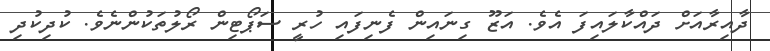
ދާއިރާއަށް ދައްކާލައިފަ އެވެ. އަޒޫ ގިނައިން ފެނިފައި ހުރީ ސަޕޯޓިން ރޯލުތަކުންނެވެ. ކުދިކުދި